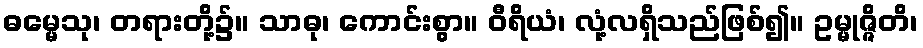
ဓမ္မေသု၊ တရားတို့၌။ သာဓု၊ ကောင်းစွာ။ ဝီရိယံ၊ လုံ့လရှိသည်ဖြစ်၍။ ဥမ္မုဇ္ဇိတိ၊